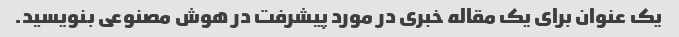
یک عنوان برای یک مقاله خبری در مورد پیشرفت در هوش مصنوعی بنویسید.